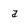
Character: a